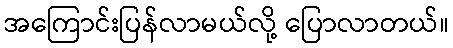
အကြောင်းပြန်လာမယ်လို့ ပြောလာတယ်။